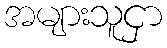
အများသူငှာ